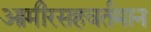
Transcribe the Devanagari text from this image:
आमीरसहवर्तमान